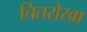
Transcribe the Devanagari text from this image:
चितरोखा